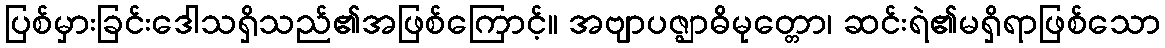
ပြစ်မှားခြင်းဒေါသရှိသည်၏အဖြစ်ကြောင့်။ အဗျာပဇ္ဈာဓိမုတ္တော၊ ဆင်းရဲ၏မရှိရာဖြစ်သော